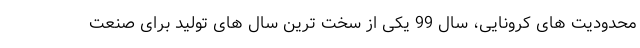
محدودیت های کرونایی، سال 99 یکی از سخت ترین سال های تولید برای صنعت